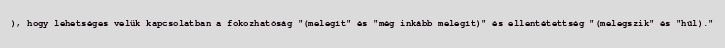
), hogy lehetséges velük kapcsolatban a fokozhatóság "(melegít" és "még inkább melegít)" és ellentétettség "(melegszik" és "hűl)."